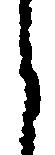
く